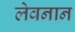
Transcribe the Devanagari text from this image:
लेवनान